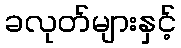
ခလုတ်များနှင့်